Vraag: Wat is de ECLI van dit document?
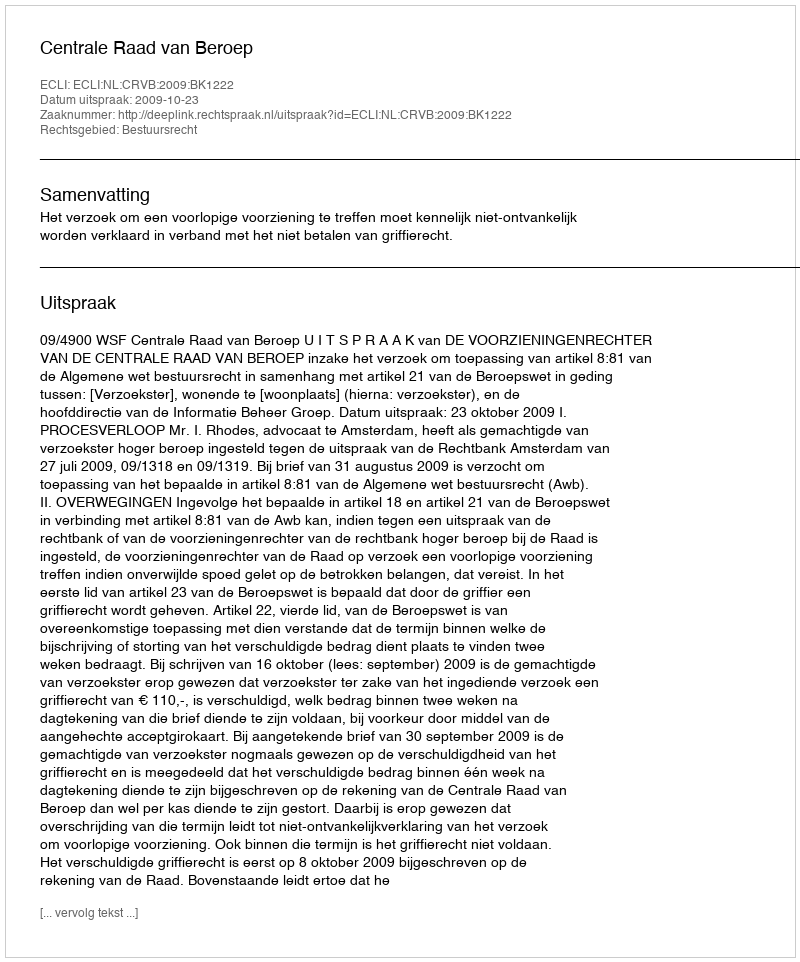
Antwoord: ECLI:NL:CRVB:2009:BK1222